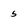
Character: 5